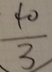
\frac { 4 0 } { 3 }